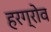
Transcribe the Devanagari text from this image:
हरग्रोव